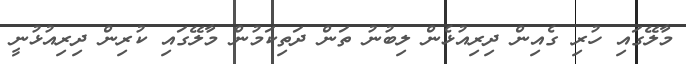
މާލޭގައި ހުރި ގެއިން ދިރިއުޅެން ލިބުނު ތަން ދަތިކަމުން މާލޭގައި ކުރިން ދިރިއުޅުނީ